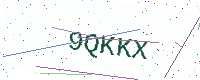
Text: 9QKKX